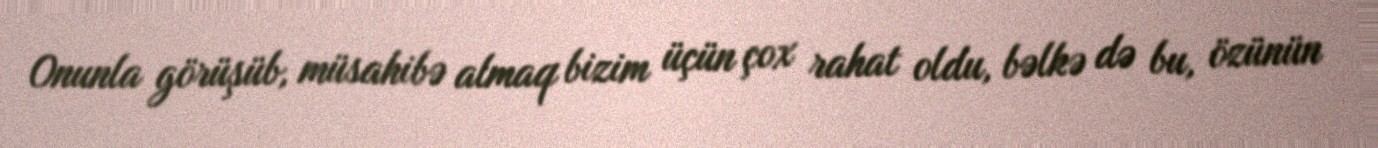
Onunla görüşüb, müsahibə almaq bizim üçün çox rahat oldu, bəlkə də bu, özünün